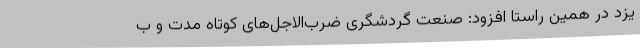
یزد در همین راستا افزود: صنعت گردشگری ضرب‌الاجل‌های کوتاه مدت و ب